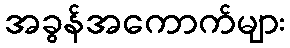
အခွန်အကောက်များ